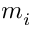
m _ { i }